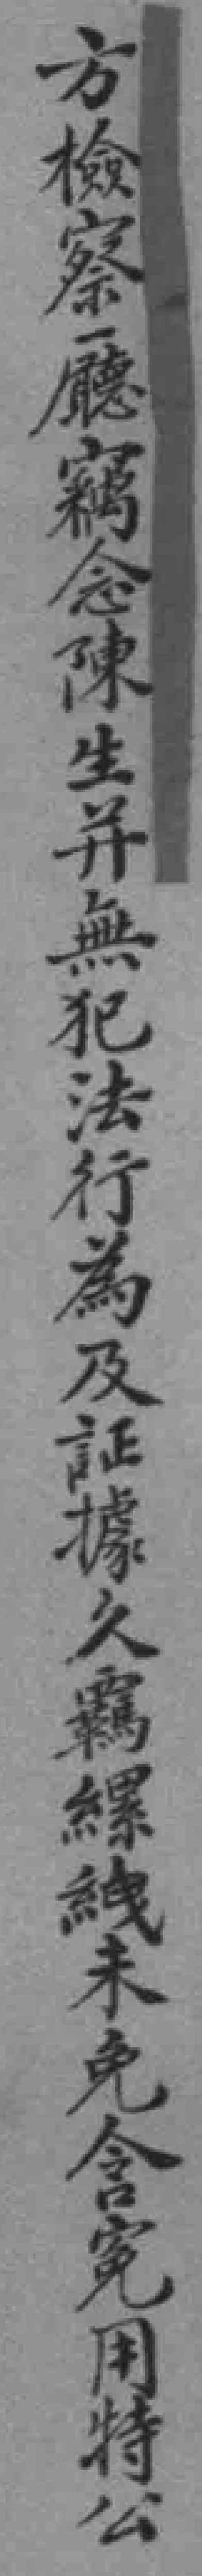
方檢察廳竊念陳生並無犯法行為及证據久羈縲絏未免含冤用特公